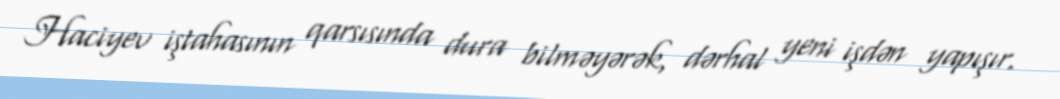
Haciyev iştahasının qarsısında dura bilməyərək, dərhal yeni işdən yapışır.